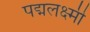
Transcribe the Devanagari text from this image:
पद्मलक्ष्मी